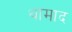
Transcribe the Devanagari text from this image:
थामाद